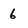
Character: 6